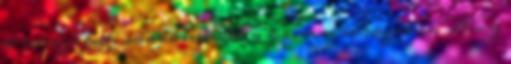
a sorozatot. ráadásul ott a grimm sorozat is. Amy